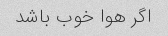
اگر هوا خوب باشد